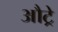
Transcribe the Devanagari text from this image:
औट्रे